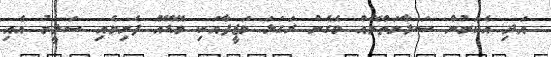
އަދި އެކަމުން ސަލާމަތްވޭއް ވެގެން ރަގަޅަ ވަޒީފާއަކި ވޭޑޭއް ފެށިމެއި ސަލީމު އެއި